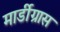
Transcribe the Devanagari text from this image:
मार्डीग्रास